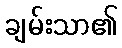
ချမ်းသာ၏